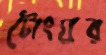
টোংঘর